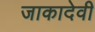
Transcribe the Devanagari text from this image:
जाकादेवी